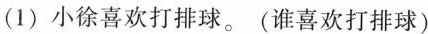
(1)小徐喜欢打排球。(谁喜欢打排球)